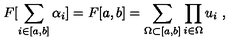
F [ \sum _ { i \in [ a , b ] } \alpha _ { i } ] = F [ a , b ] = \sum _ { \Omega \subset [ a , b ] } \prod _ { i \in \Omega } u _ { i } \ ,